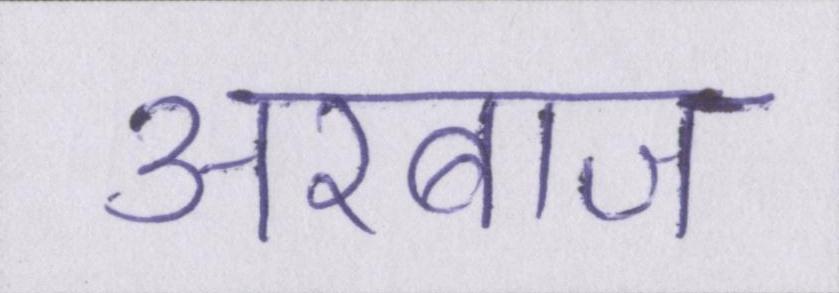
अरबाज